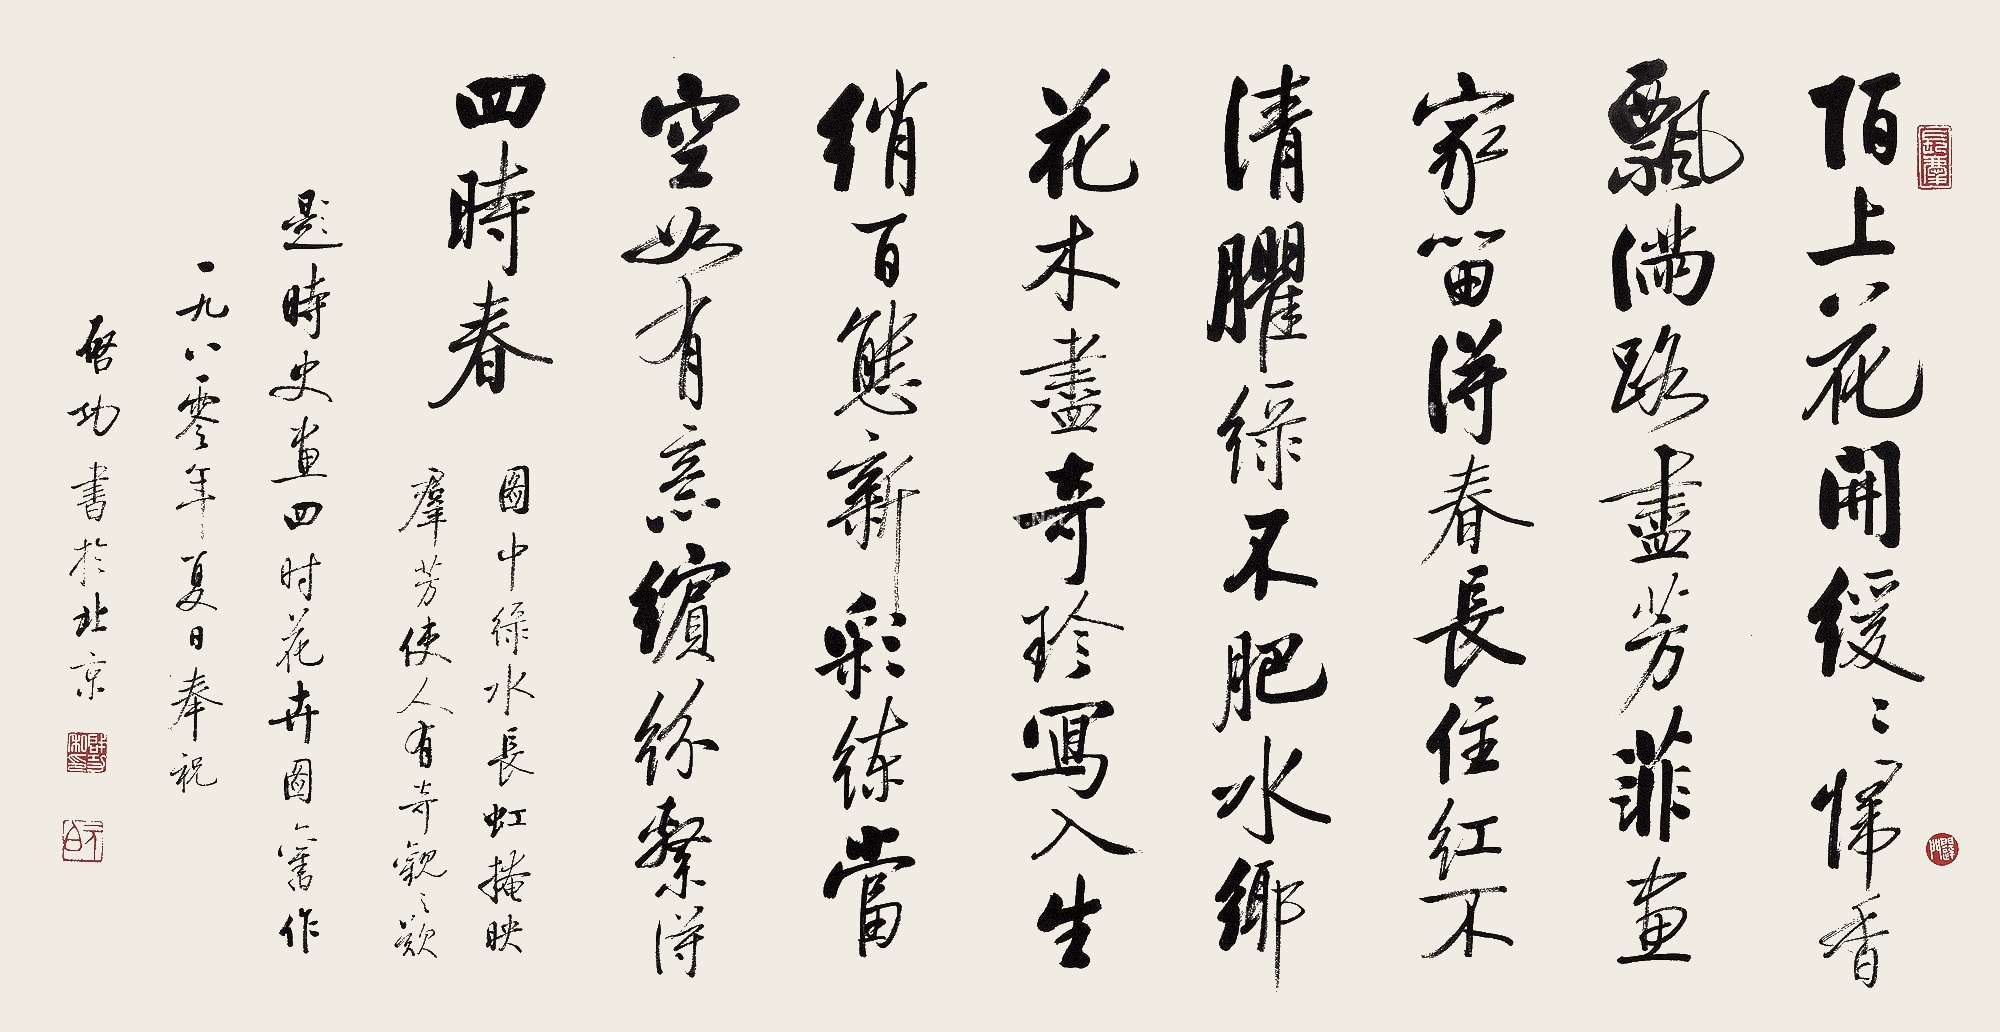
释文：陌上花开缓缓归，香飘满路尽芳菲。画家留得春长住，红不清臞绿不肥。水乡花木尽奇珍，写入生绡百态新。彩练当空如有意，缤纷系得四时春。图中绿水长虹掩映群芳，使人有奇观之叹。题时史画四时花卉图旧作。一九八零年夏日奉祝，启功书于北京。